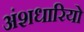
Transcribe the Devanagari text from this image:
अंशधारियो